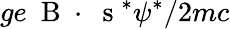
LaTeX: ge\mathrm{~\mathbf~B~}\cdot\mathrm{~\mathbf~s~}^{*}\psi^{*}/2mc